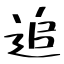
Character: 追